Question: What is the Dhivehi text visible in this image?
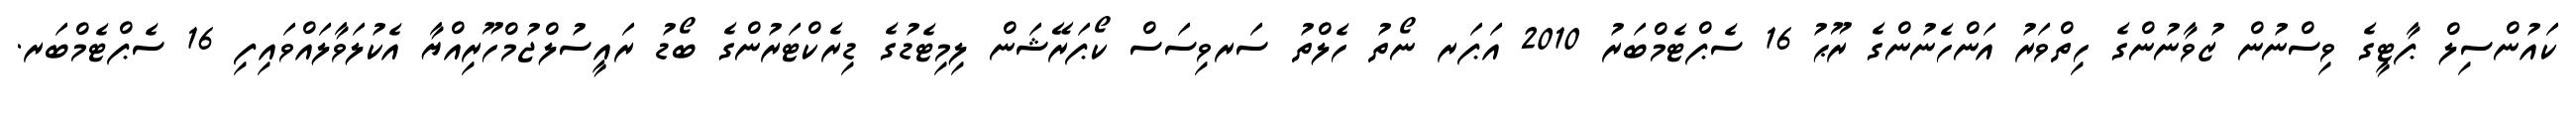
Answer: ކައުންސިލް ޕާޓީގެ ވިސްނުން ޒުވާނުންގެ ހިތްވަރު އަންހެނުންގެ ރޫޙު 16 ސެޕްޓެމްބަރު 2010 އަޕަރ ނޯތު ހެލްތު ސަރވިސަސް ކޯޕަރޭޝަން ލިމިޓެޑުގެ ޑިރެކްޓަރުންގެ ބޯޑު ރައީސުލްޖުމްހޫރިއްޔާ އެކުލަވާލައްވައިފި 16 ސެޕްޓެމްބަރ.